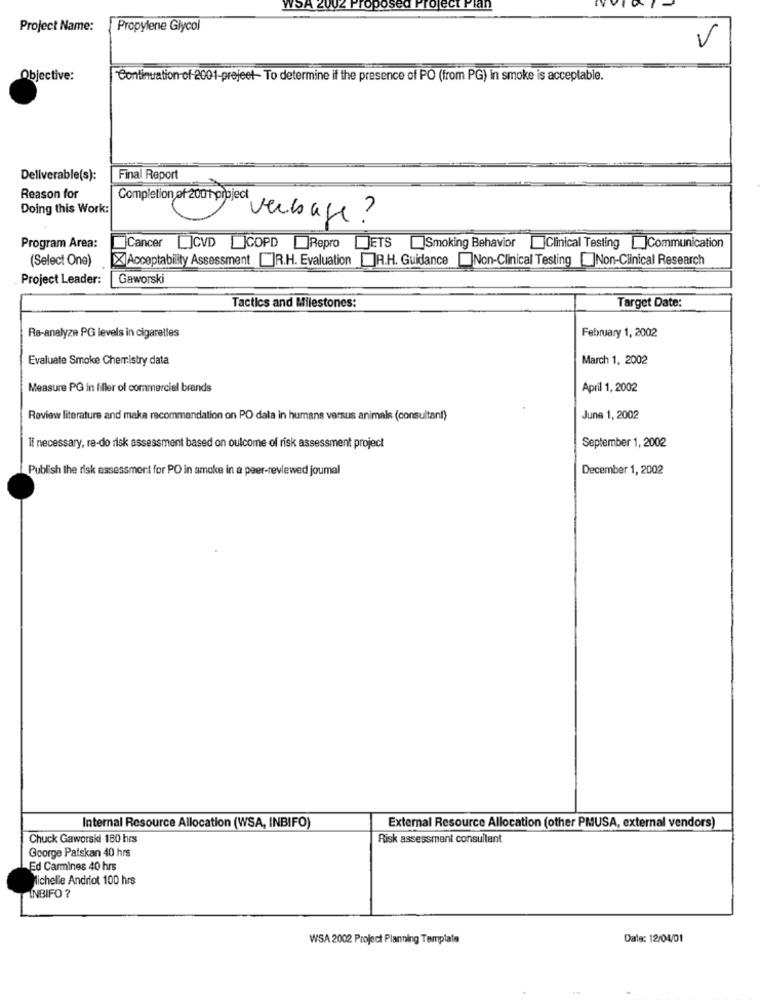
WSA 2002
Proposed Project Plan
Project Name:
Propylene Glycol
V
Objective:
FContinuation of 2001-prejeet- To determine if the presence of PO (from PG) in smoke is acceptable.
Deliverable(s):
Final Report
Reason for
Completion of 2001 project
Doing this Work:
"verbage ?
Program Area:
Cancer []CVD COPD Repro JETS Smoking Behavior Clinical Testing []Communication
(Select One)
X Acceptability Assessment []R.H. Evaluation R.H. Guidance Non-Clinical Testing []Non-Clinical Research
Project Leader:
Gaworski
Tactics and Milestones:
Target Date:
February 1, 2002
RB-analyze PG levels in cigarelles
Evaluate Smoke Chemistry data
March 1, 2002
Measure PG in filler of commercial brands
April 1, 2002
Review literature and maka recommendation on PO dala in humans versus animals (consultant)
June 1, 2002
September 1, 2002
If necessary, re-do risk assessment based on oulcome of risk assessment project
Publish the risk assessment for PO in smoke in a peer-reviewed joumal
December 1, 2002
Internal Resource Allocation (WSA, INBIFO)
External Resource Allocation (other PMUSA, external vendors)
Chuck Gaworski 180 hrs
Risk assessment consultant
George Patskan 40 hrs
Ed Carmines 40 hrs
Michelle Andriot 100 hrs
INBIFO ?
WSA 2002 Project Planning Template
Dale: 12/04/01